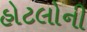
હોટલોની